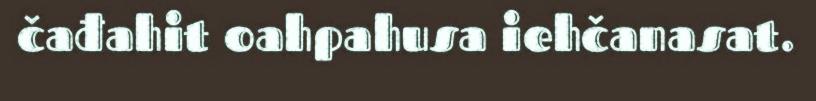
čađahit oahpahusa iehčanasat.